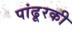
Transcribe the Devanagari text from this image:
पांढूरकी